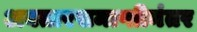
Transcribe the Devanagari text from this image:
अवतारसमाप्तीनंतर